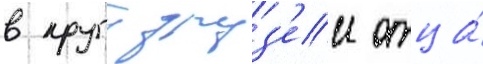
в кругу друз'еи отца́